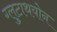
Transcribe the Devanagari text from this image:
ग्लुटाथयोन